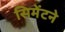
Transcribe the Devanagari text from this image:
सिमेंटने